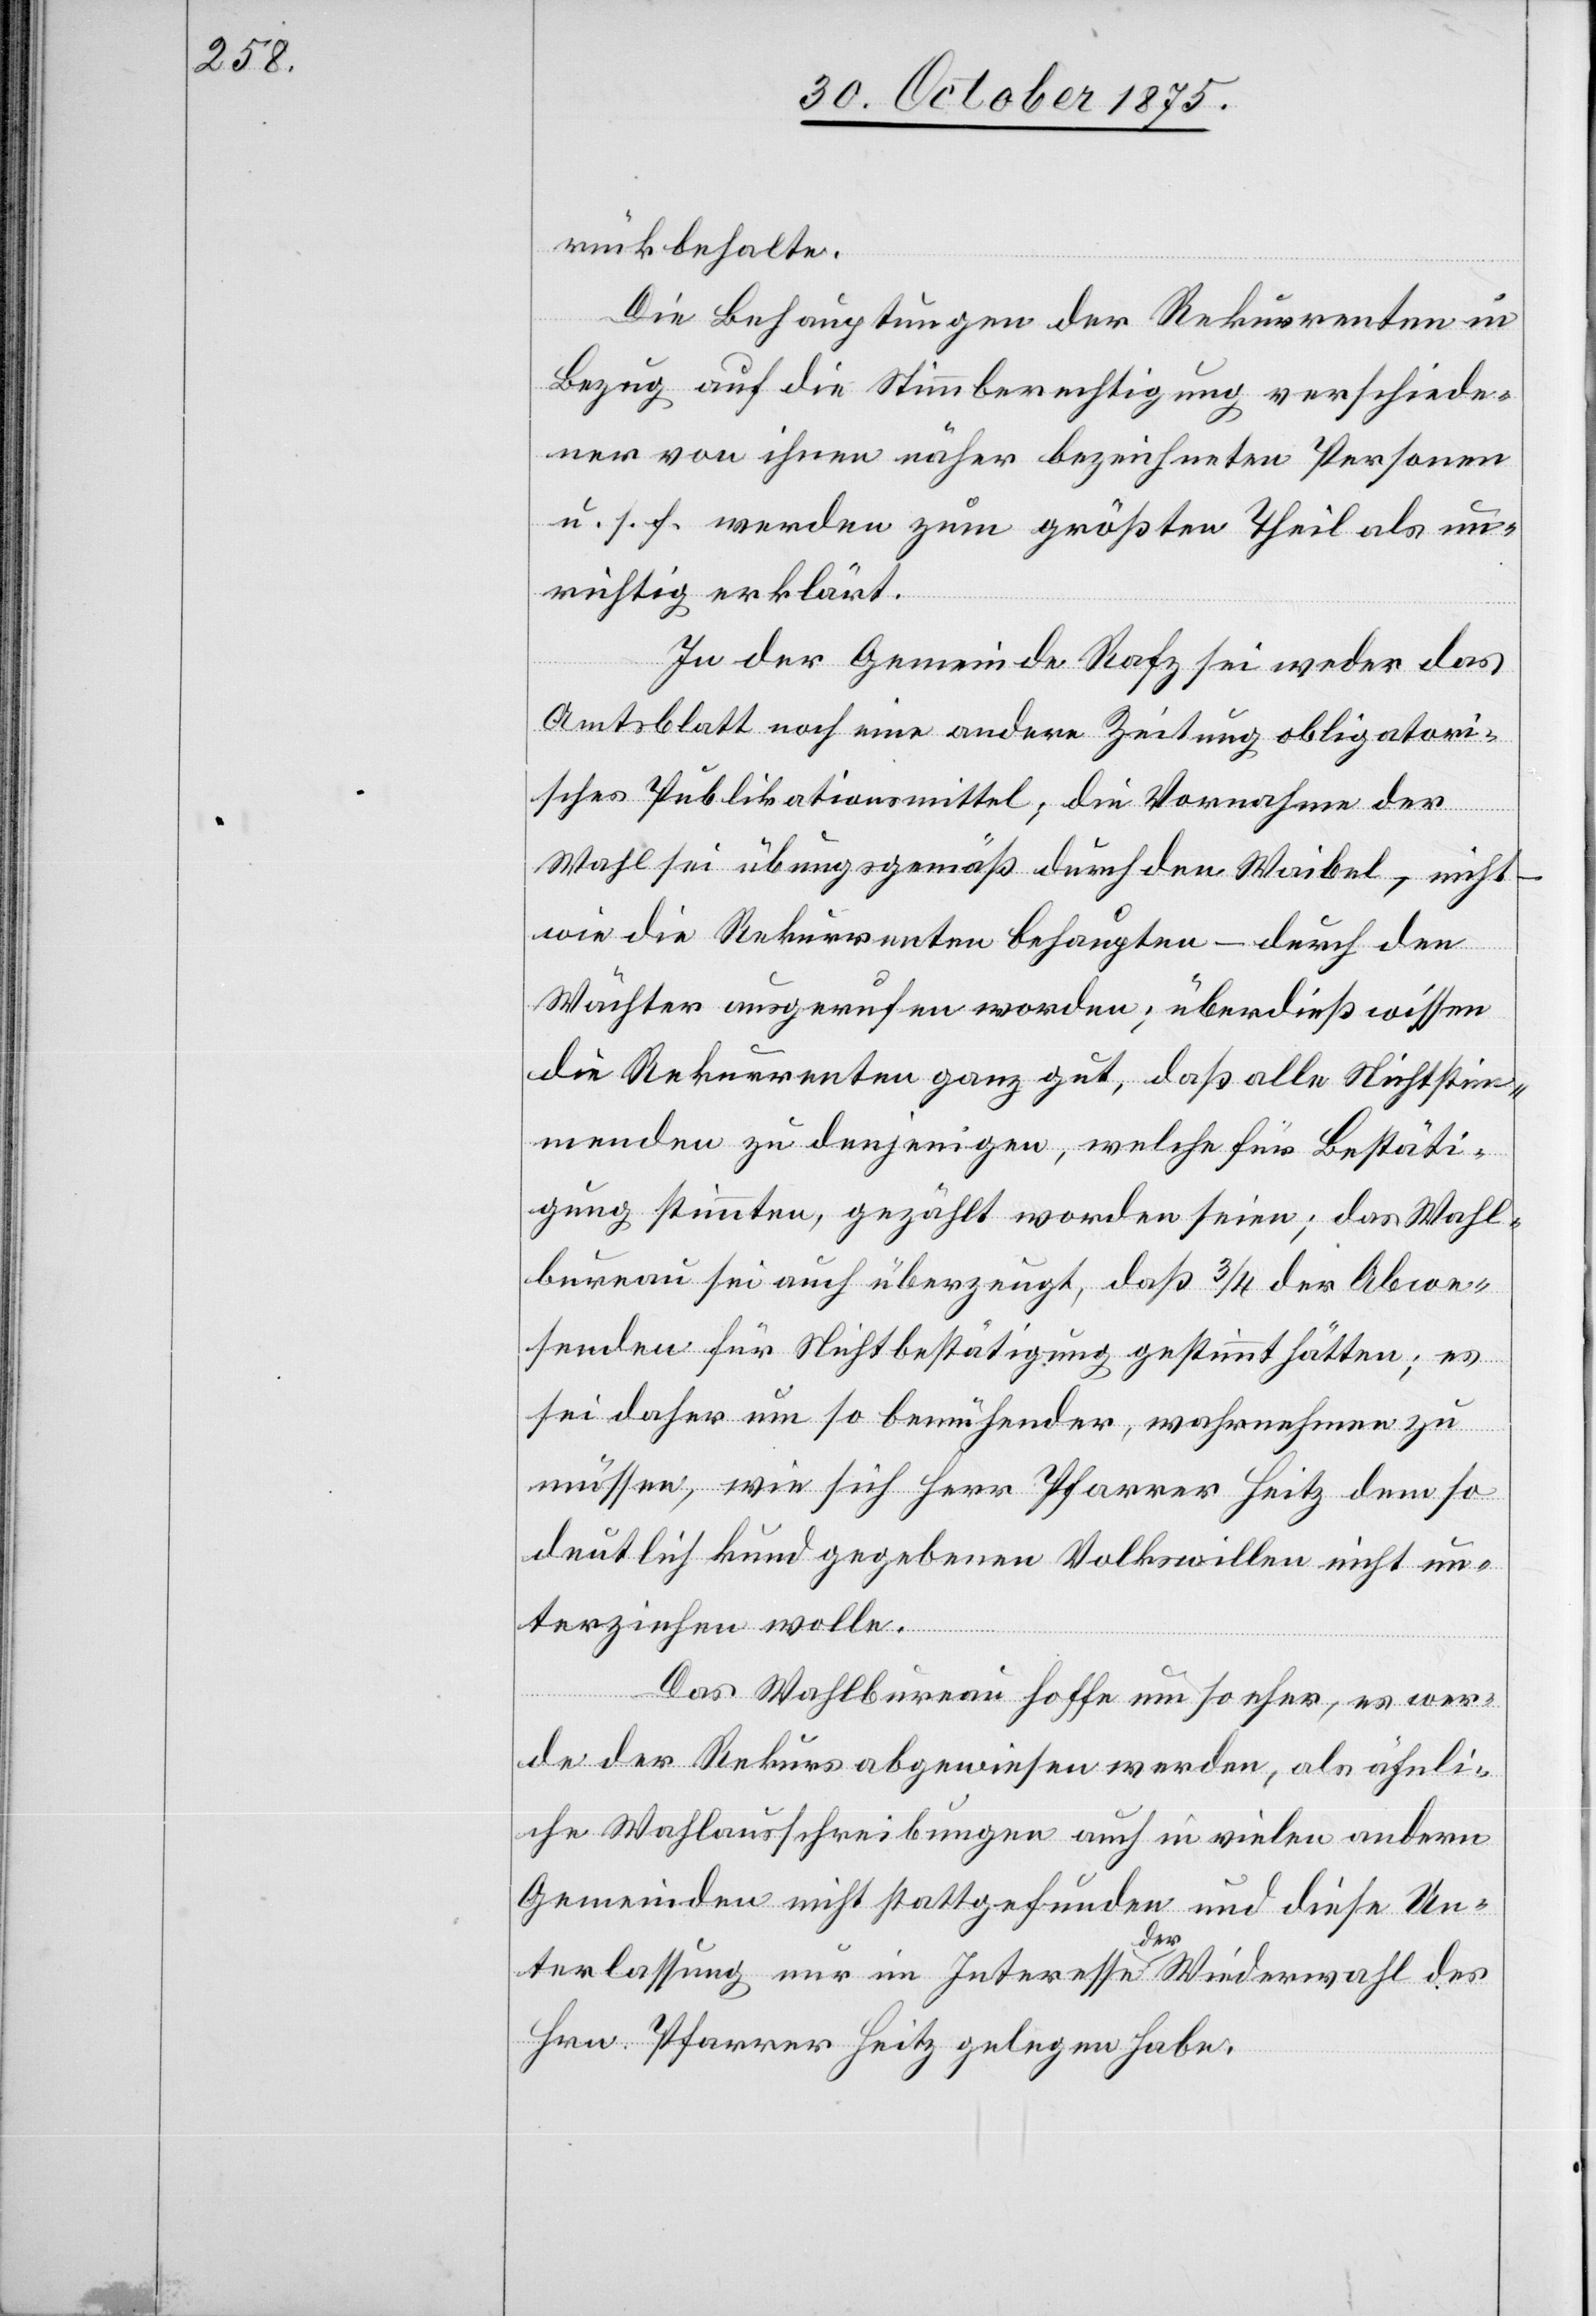
rück behalte.
Die Behauptungen der Rekurrenten in
Bezug auf die Stimmberechtigung verschiede¬
ner von ihnen näher bezeichneten Personen
u. s. f. werden zum größten Theil als un¬
richtig erklärt.
In der Gemeinde Rafz sei weder das
Amtsblatt noch eine andere Zeitung obligatori¬
sches Publikationsmittel; die Vornahme der
Wahl sei übungsgemäß durch den Waibel, nicht
wie die Rekurrenten behaupten – durch den
Wächter ausgerufen worden; überdieß wissen
die Rekurrenten ganz gut, daß alle Nichtstim¬
menden zu denjenigen, welche für Bestäti¬
gung stimmten, gezählt worden seien; das Wahl¬
bureau sei auch überzeugt, daß 3/4 der Abwe¬
senden für Nichtbestätigung gestimmt hätten; es
sei daher um so bemühender, wahrnehmen zu
müssen, wie sich Herr Pfarrer Heitz dem so
deutlich kund gegebenen Volkswillen nicht un¬
terziehen wolle.
Das Wahlbureau hoffe um so eher, es wer¬
de der Rekurs abgewiesen werden, als ähnli¬
che Wahlausschreibungen auch in vielen andern
Gemeinden nicht stattgefunden und diese Un¬
terlassung nur im Interesse der Wiederwahl des
Hrn. Pfarrer Heitz gelegen habe.